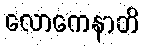
လောကေနာတိ